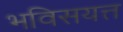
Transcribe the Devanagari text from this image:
भविसयत्त